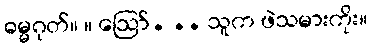
ဓမ္မဂုတ်။ ။ ဪ. .. သူက ဖဲသမားကိုး။